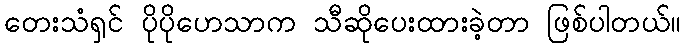
တေးသံရှင် ပိုပိုဟေသာက သီဆိုပေးထားခဲ့တာ ဖြစ်ပါတယ်။